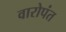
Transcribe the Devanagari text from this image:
वारोपंत